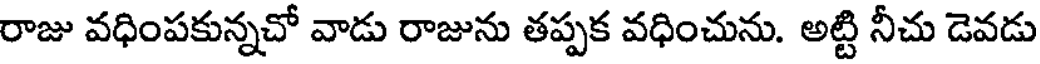
రాజు వధింపకున్నచో వాడు రాజును తప్పక వధించును. అట్టి నీచు డెవడు